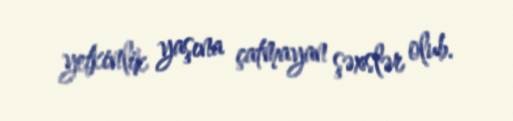
yetkinlik yaşına çatmayan şəxslər olub.